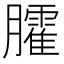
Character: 臛